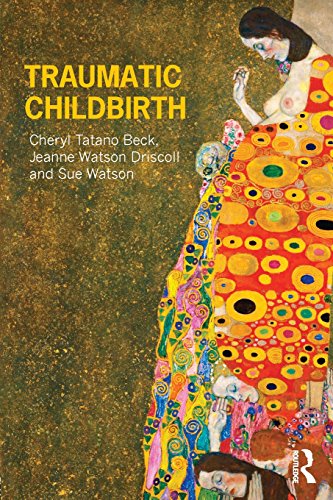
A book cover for Traumatic Childbirth; Cheryl Tatano Beck; Health, Fitness & Dieting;